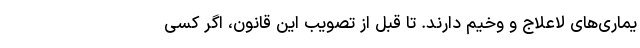
یماری‌های لاعلاج و وخیم دارند. تا قبل از تصویب این قانون، اگر کسی